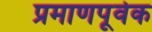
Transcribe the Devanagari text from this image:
प्रमाणपूर्वक